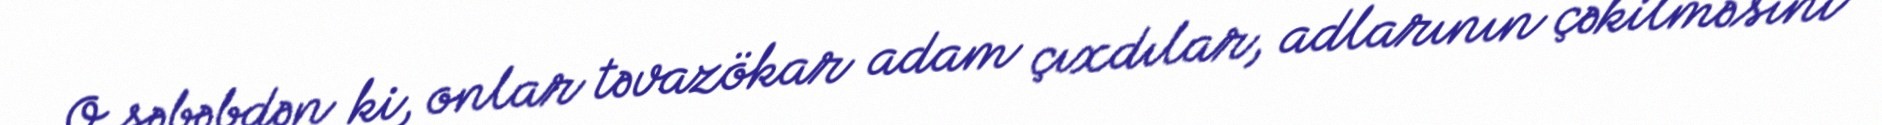
O səbəbdən ki, onlar təvazökar adam çıxdılar, adlarının çəkilməsini